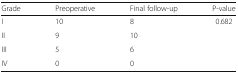
<table><thead><tr><td><b>Grade</b></td><td><b>Preoperative</b></td><td><b>Final follow-up</b></td><td><b>P-value</b></td></tr></thead><tbody><tr><td>I</td><td>10</td><td>8</td><td>0.682</td></tr><tr><td>II</td><td>9</td><td>10</td><td></td></tr><tr><td>III</td><td>5</td><td>6</td><td></td></tr><tr><td>IV</td><td>0</td><td>0</td><td></td></tr></tbody></table>